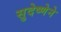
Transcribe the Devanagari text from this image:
सुदेष्णेने